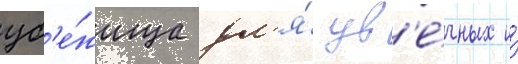
уб'е́жища дл'я́ ув'е́чных и́